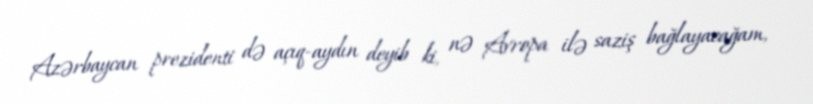
Azərbaycan prezidenti də açıq-aydın deyib ki, nə Avropa ilə saziş bağlayacağam,